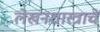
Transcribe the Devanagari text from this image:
लेखनशास्त्राचे